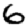
Digit: 6